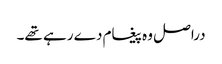
دراصل وہ پیغام دے رہے تھے۔